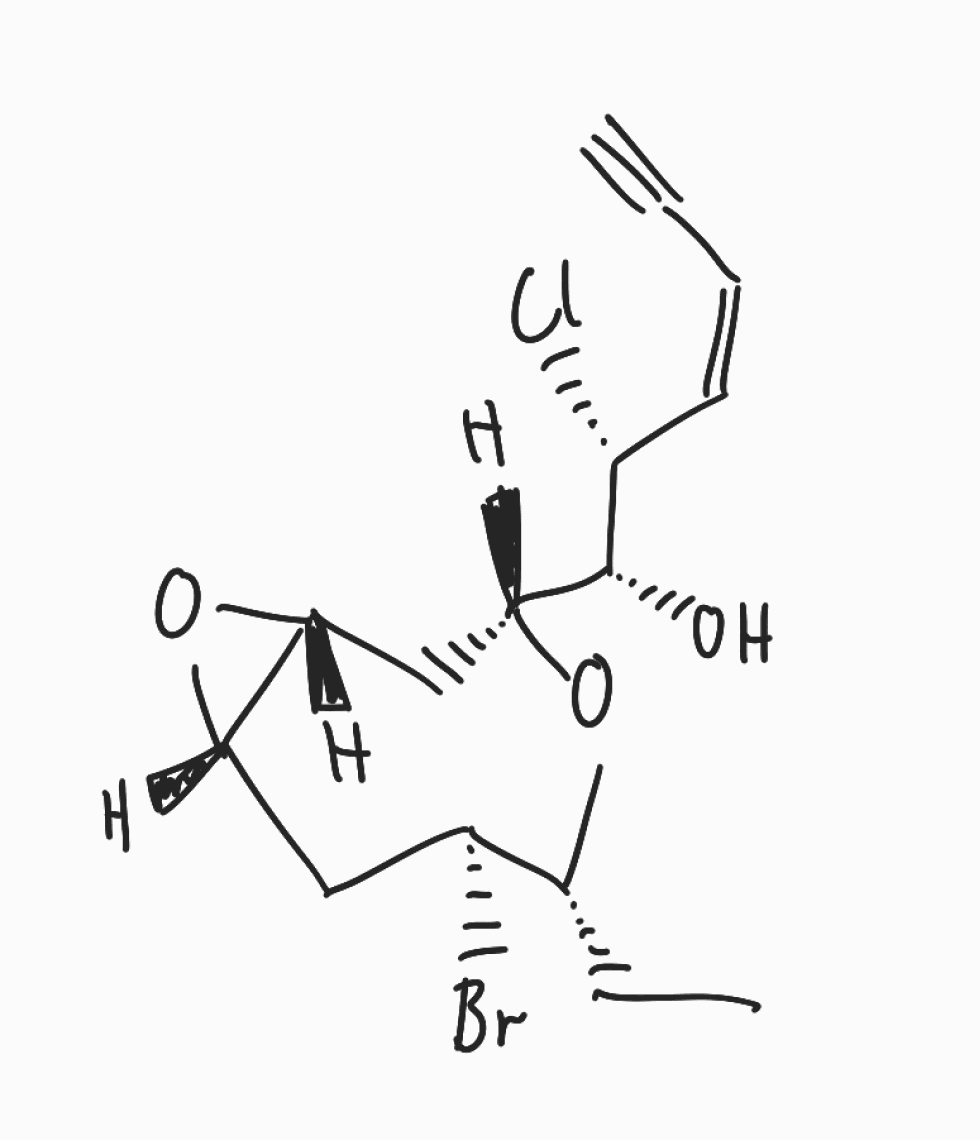
Simplified molecular-input line-entry system (SMILES) notation of the given molecule:
CC[C@@H]1[C@H](C[C@H]2[C@H](O2)C[C@@H](O1)[C@H]([C@@H](/C=C\C#C)Cl)O)Br